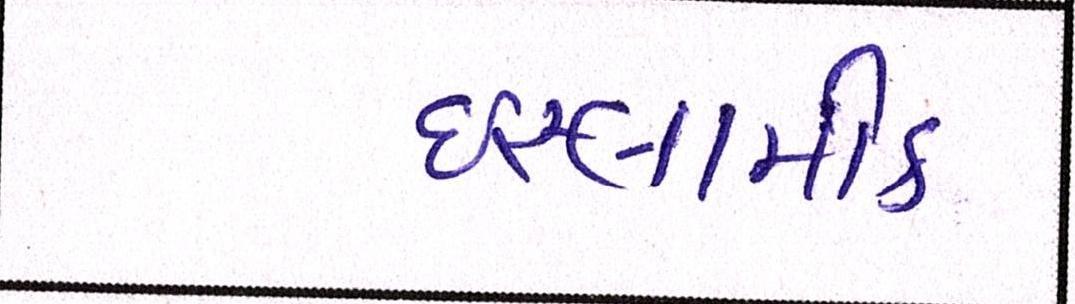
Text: ઈસ્લામીક